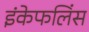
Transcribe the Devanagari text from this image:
इंकेफलिंस